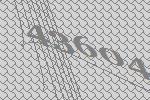
43604